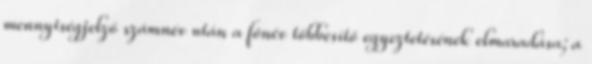
mennyiségjelző számnév után a főnév többesítő egyeztetésének elmaradása; a